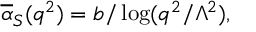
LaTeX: \overline { { { \alpha } } } _ { S } ( q ^ { 2 } ) = b / \log ( q ^ { 2 } / \Lambda ^ { 2 } ) ,